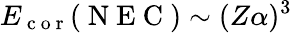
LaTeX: E_{\mathrm{~c~o~r~}}(\mathrm{~N~E~C~})\sim(Z\alpha)^{3}